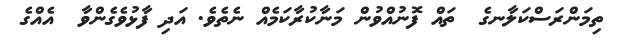
ތިމަންރަސްކަލާނގެ  ތައް ފޮނުއްވުން މަނާކުރާކަމެއް ނެތެވެ. އަދި ފާޅުވެގެންވާ  އެއްގެ